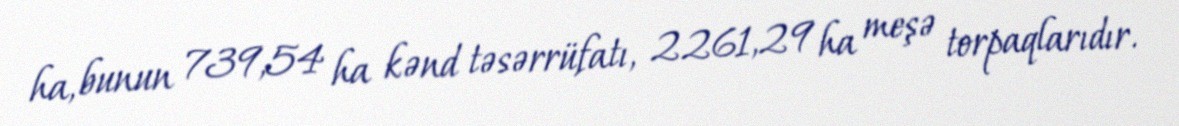
ha, bunun 739,54 ha kənd təsərrüfatı, 2261,29 ha meşə torpaqlarıdır.